Annual vaccination report of Bihar and Orissa - 1911-1928
Year: 1911
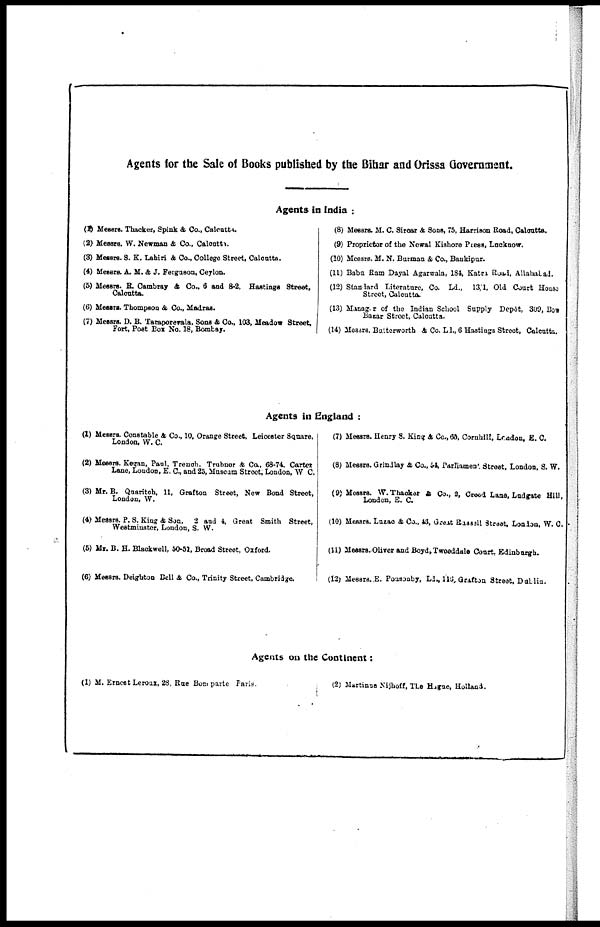
Agents for the Sale of Books published by the Bihar and Orissa Government.
Agents in India :
(1) Messrs. Thacker, Spink & Co., Calcutta.
(2) Messrs. W. Newman & Co., Calcutta.
(3) Messrs. S. K. Lahiri & Co., College Street, Calcutta.
(4) Messrs. A. M. & J. Ferguson, Ceylon.
(5) Messrs. R. Cambray & Co., 6 and 8-2, Hastings Street,
Calcutta.
(6) Messrs. Thompson & Co., Madras.
(7) Messrs. D. B. Taraporevala, Sons & Co., 103, Meadow Street,
Fort, Post Box No. 18, Bombay.
(8) Messrs. M. C. Sircar & Sons, 75, Harrison Road, Calcutta.
(9) Proprietor of the Newal Kishore Press, Lucknow.
(10) Messrs. M. N. Burman & Co., Bankipur.
(11) Babu Ram Dayal Agarwala, 184, Katra Road, Allahabad.
(12) Standard Literature, Co. Ld., 13/1, Old Court House
Street, Calcutta.
(13) Manager of the Indian School Supply Depôt, 309, Bow
Bazar Street, Calcutta.
(14) Messrs. Butterworth & Co. Ld., 6 Hastings Street, Calcutta.
Agents in England :
(1) Messrs. Constable & Co., 10, Orange Street, Leicester Square,
London, W. C.
(2) Messrs. Kegan, Paul. Trench. Trubner & Co., 68-74, Carter
Lane, London, E. C., and 25, Museum Street, London, W C.
(3) Mr. B. Quaritch, 11, Grafton Street, New Bond Street,
London, W.
(4) Messrs. P. S. King & Son, 2 and 4, Great Smith Street,
Westminster, London, S. W.
(5) Mr. B. H. Blackwell, 50-51, Broad Street, Oxford.
(6) Messrs. Deighton Bell & Co., Trinity Street, Cambridge.
(7) Messrs. Henry S. King & Co., 65, Cornhill, London, E. C.
(8) Messrs. Grindlay & Co., 54, Parliament. Street, London, S. W.
(9) Messrs. W. Thacker & Co., 2, Creed Lane, Ludgate Hill,
London, E. C.
(10) Messrs. Luzac & Co., 43, Great Russell Street, London, W. C.
(11) Messrs. Oliver and Boyd, Tweeddale Court, Edinburgh.
(12) Messrs. E. Ponsonby, Ld., 116, Grafton Street, Dublin.
Agents on the Continent:
(1) M. Ernest Leroux, 28, Rue Bom parte Paris.
(2) Martinus Nijhoff, The Hague, Holland.